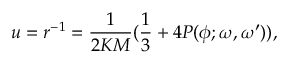
u = r ^ { - 1 } = { \frac { 1 } { 2 K M } } ( { \frac { 1 } { 3 } } + 4 { \cal P } ( \phi ; \omega , \omega ^ { \prime } ) ) ,